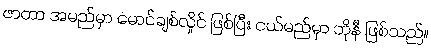
ဇာတာ အမည်မှာ မောင်ချစ်လှိုင် ဖြစ်ပြီး ငယ်မည်မှာ ဘိုနီ ဖြစ်သည်။